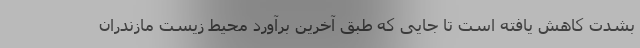
بشدت کاهش یافته است تا جایی که طبق آخرین برآورد محیط زیست مازندران